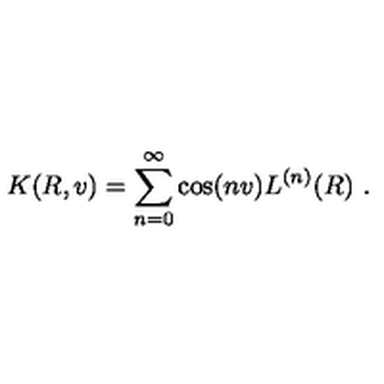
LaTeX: K ( R , v ) = \sum _ { n = 0 } ^ { \infty } \cos ( n v ) L ^ { ( n ) } ( R ) \ .